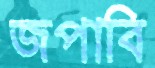
জপাবি